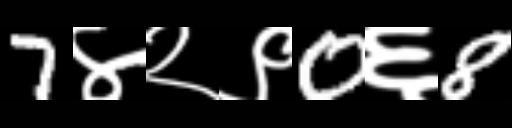
Text: 7४२९0६8